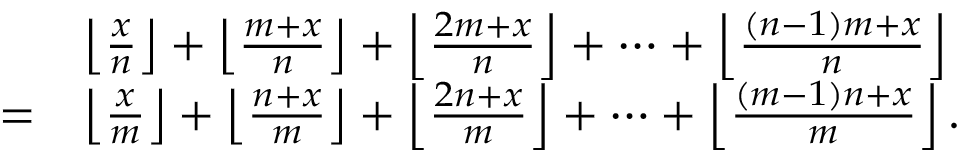
{ \begin{array} { r l } & { \left\lfloor { \frac { x } { n } } \right\rfloor + \left\lfloor { \frac { m + x } { n } } \right\rfloor + \left\lfloor { \frac { 2 m + x } { n } } \right\rfloor + \dots + \left\lfloor { \frac { ( n - 1 ) m + x } { n } } \right\rfloor } \\ { = } & { \left\lfloor { \frac { x } { m } } \right\rfloor + \left\lfloor { \frac { n + x } { m } } \right\rfloor + \left\lfloor { \frac { 2 n + x } { m } } \right\rfloor + \cdots + \left\lfloor { \frac { ( m - 1 ) n + x } { m } } \right\rfloor . } \end{array} }